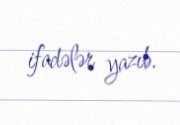
ifadələr yazıb.